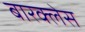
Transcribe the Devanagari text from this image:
बारक्लेस